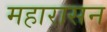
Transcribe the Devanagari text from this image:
महारासन